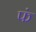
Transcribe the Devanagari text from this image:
फं